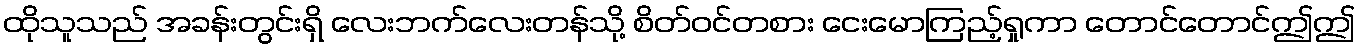
ထိုသူသည် အခန်းတွင်းရှိ လေးဘက်လေးတန်သို့ စိတ်ဝင်တစား ငေးမောကြည့်ရှုကာ တောင်တောင်ဤဤ